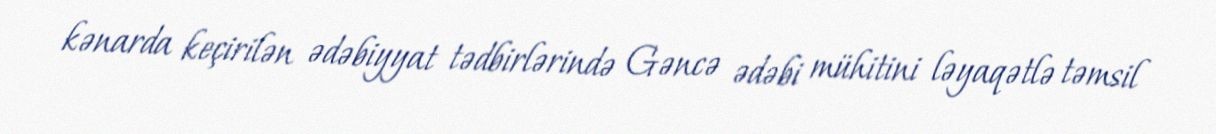
kənarda keçirilən ədəbiyyat tədbirlərində Gəncə ədəbi mühitini ləyaqətlə təmsil